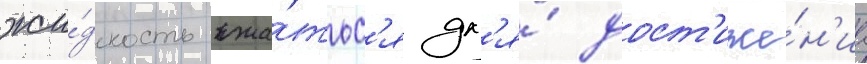
жи́дкость сжа́тьс'я дл'я́ дост'иже́н'иа